Vaccination report Assam 1874-1896 - 1874-1896
Year: 1874
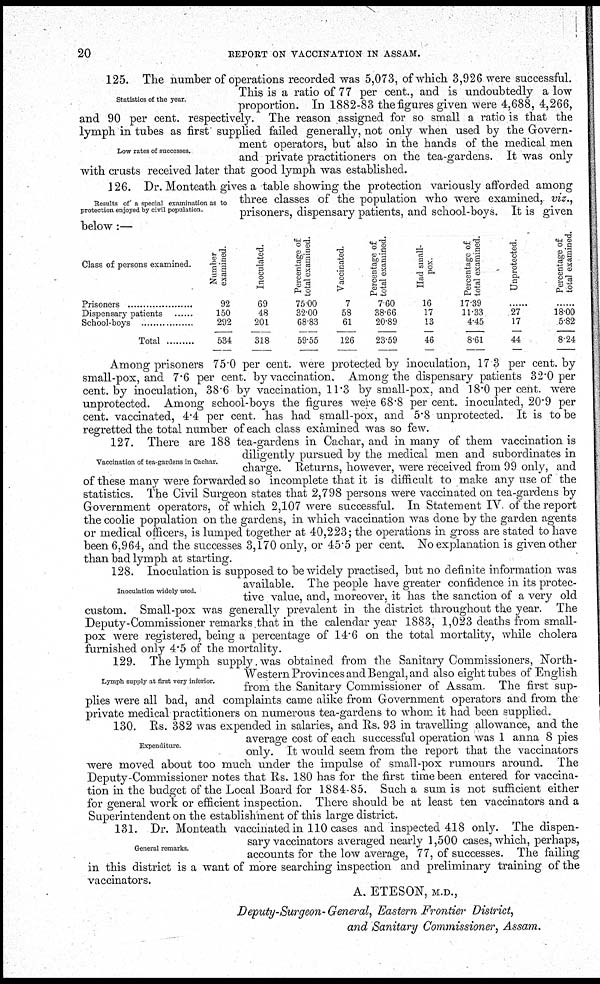
20
REPORT ON VACCINATION IN ASSAM.
Statistics of the year.
Low rates of successes.
125. The number of operations recorded was 5,073, of which 3,926 were successful.
This is a ratio of 77 per cent., and is undoubtedly a low
proportion. In 1882-83 the figures given were 4,688, 4,266,
and 90 per cent. respectively. The reason assigned for so small a ratio is that the
lymph in tubes as first supplied failed generally, not only when used by the Govern-
ment operators, but also in the hands of the medical men
and private practitioners on the tea-gardens. It was only
with crusts received later that good lymph was established.
Results of' a special examination as to
protection enjoyed by civil population.
126. Dr. Monteath gives a table showing the protection variously afforded among
three classes of the population who were examined, viz.,
prisoners, dispensary patients, and school-boys. It is given
below:—
Class of persons examined.
Prisoners .................
Dispensary patients ........
School-boys .................
Total
Number
examined.
92
150
292
534
Inoculated.
69
48
201
318
Percentage of
total examined.
75.00
32.00
68.83
59.55
Vaccinated.
7
58
61
126
Percentage of
total examined.
7.60
38.66
20.89
23.59
Had small-
pox.
16
17
13
46
Percentage of
total examined.
17.39
11.33
4.45
8.61
Unprotected.
......
27
17
44
Percentage of
total examined.
......
18.00
5.82
8.24
Among prisoners 75.0 per cent. were protected by inoculation, 17 3 per cent. by
small-pox, and 7.6 per cent. by vaccination. Among the dispensary patients 32.0 per
cent. by inoculation, 38.6 by vaccination, 11.3 by small-pox, and 18.0 per cent. were
unprotected. Among school-boys the figures were 68.8 per cent. inoculated, 20.9 per
cent. vaccinated, 4.4 per cent. has had small-pox, and 5.8 unprotected. It is to be
regretted the total number of each class examined was so few.
Vaccination of tea-gardens in Cachar.
127. There are 188 tea-gardens in Cachar, and in many of them vaccination is
diligently pursued by the medical men and subordinates in
charge. Returns, however, were received from 99 only, and
of these many were forwarded so incomplete that it is difficult to make any use of the
statistics. The Civil Surgeon states that 2,798 persons were vaccinated on tea-gardens by
Government operators, of which 2,107 were successful. In Statement IV of the report
the coolie population on the gardens, in which vaccination was done by the garden agents
or medical officers, is lumped together at 40,223; the operations in gross are stated to have
been 6,964, and the successes 3,170 only, or 45.5 per cent. No explanation is given other
than bad lymph at starting.
Inoculation widely used.
128. Inoculation is supposed to be widely practised, but no definite information was
available. The people have greater confidence in its protec-
tive value, and, moreover, it has the sanction of a very old
custom. Small-pox was generally prevalent in the district throughout the year. The
Deputy-Commissioner remarks that in the calendar year 1883, 1,023 deaths from small-
pox were registered, being a percentage of 14.6 on the total mortality, while cholera
furnished only 4.5 of the mortality.
Lymph supply at first very inferior.
129. The lymph supply was obtained from the Sanitary Commissioners, North-
Western Provinces and Bengal, and also eight tubes of English
from the Sanitary Commissioner of Assam. The first sup-
plies were all bad, and complaints came alike from Government operators and from the
private medical practitioners on numerous tea-gardens to whom it had been supplied.
Expenditure.
130. Rs. 382 was expended in salaries, and Rs. 93 in travelling allowance, and the
average cost of each successful operation was 1 anna 8 pies
only. It would seem from the report that the vaccinators
were moved about too much under the impulse of small-pox rumours around. The
Deputy-Commissioner notes that Rs. 180 has for the first time been entered for vaccina-
tion in the budget of the Local Board for 1884-85. Such a sum is not sufficient either
for general work or efficient inspection. There should be at least ten vaccinators and a
Superintendent on the establishment of this large district.
General remarks.
131. Dr. Monteath vaccinated in 110 cases and inspected 418 only. The dispen-
sary vaccinators averaged nearly 1,500 cases, which, perhaps,
accounts for the low average, 77, of successes. The failing
in this district is a want of more searching inspection and preliminary training of the
vaccinators.
A. ETESON, M.D.,
Deputy-Surgeon- General, Eastern Frontier District,
and Sanitary Commissioner, Assam.